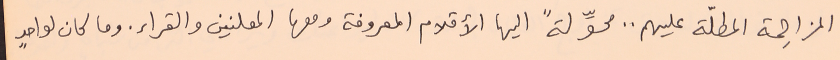
المزاحِمة المطلّة عليهم .. محوِّلةً اليها الأقلام المعروفة ومعها المعلنين والقراء. وما كان لواحدٍ